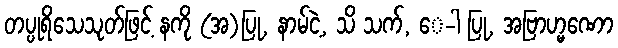
တပ္ပုရိသေသုတ်ဖြင့် နကို (အ)ပြု, နာမ်ငဲ့, သိ သက်, ေ-ါ ပြု, အဗြာဟ္မဏော